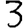
Digit: 3